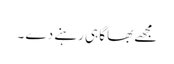
مجھے بھاگا ہی رہنے دے ۔